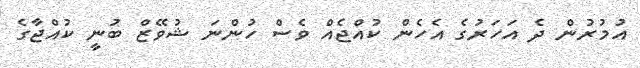
އުމުރުން ދެ އަހަރުގެ އެހެން ކުއްޖެއް ވެސް ހުންނަ ޝުވޭޒް ބުނީ ކުއްޖާގެ